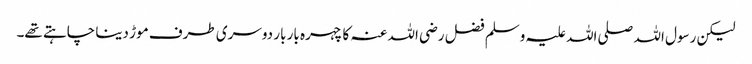
لیکن رسول اللہ صلی اللہ علیہ وسلم فضل رضی اللہ عنہ کا چہرہ بار بار دوسری طرف موڑ دینا چاہتے تھے۔